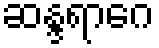
ဆန္ဒရာဂေ